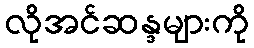
လိုအင်ဆန္ဒများကို